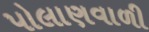
પોલાણવાળી